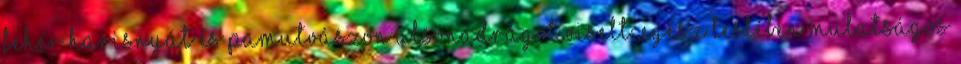
fehér harisnyát és pamutvászon alsónadrágot viselt. Egész testében mulatságos